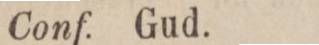
Conf. Gud.